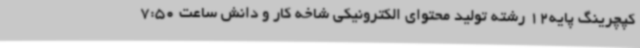
کپچرینگ پایه12 رشته تولید محتوای الکترونیکی شاخه کار و دانش ساعت 7:50